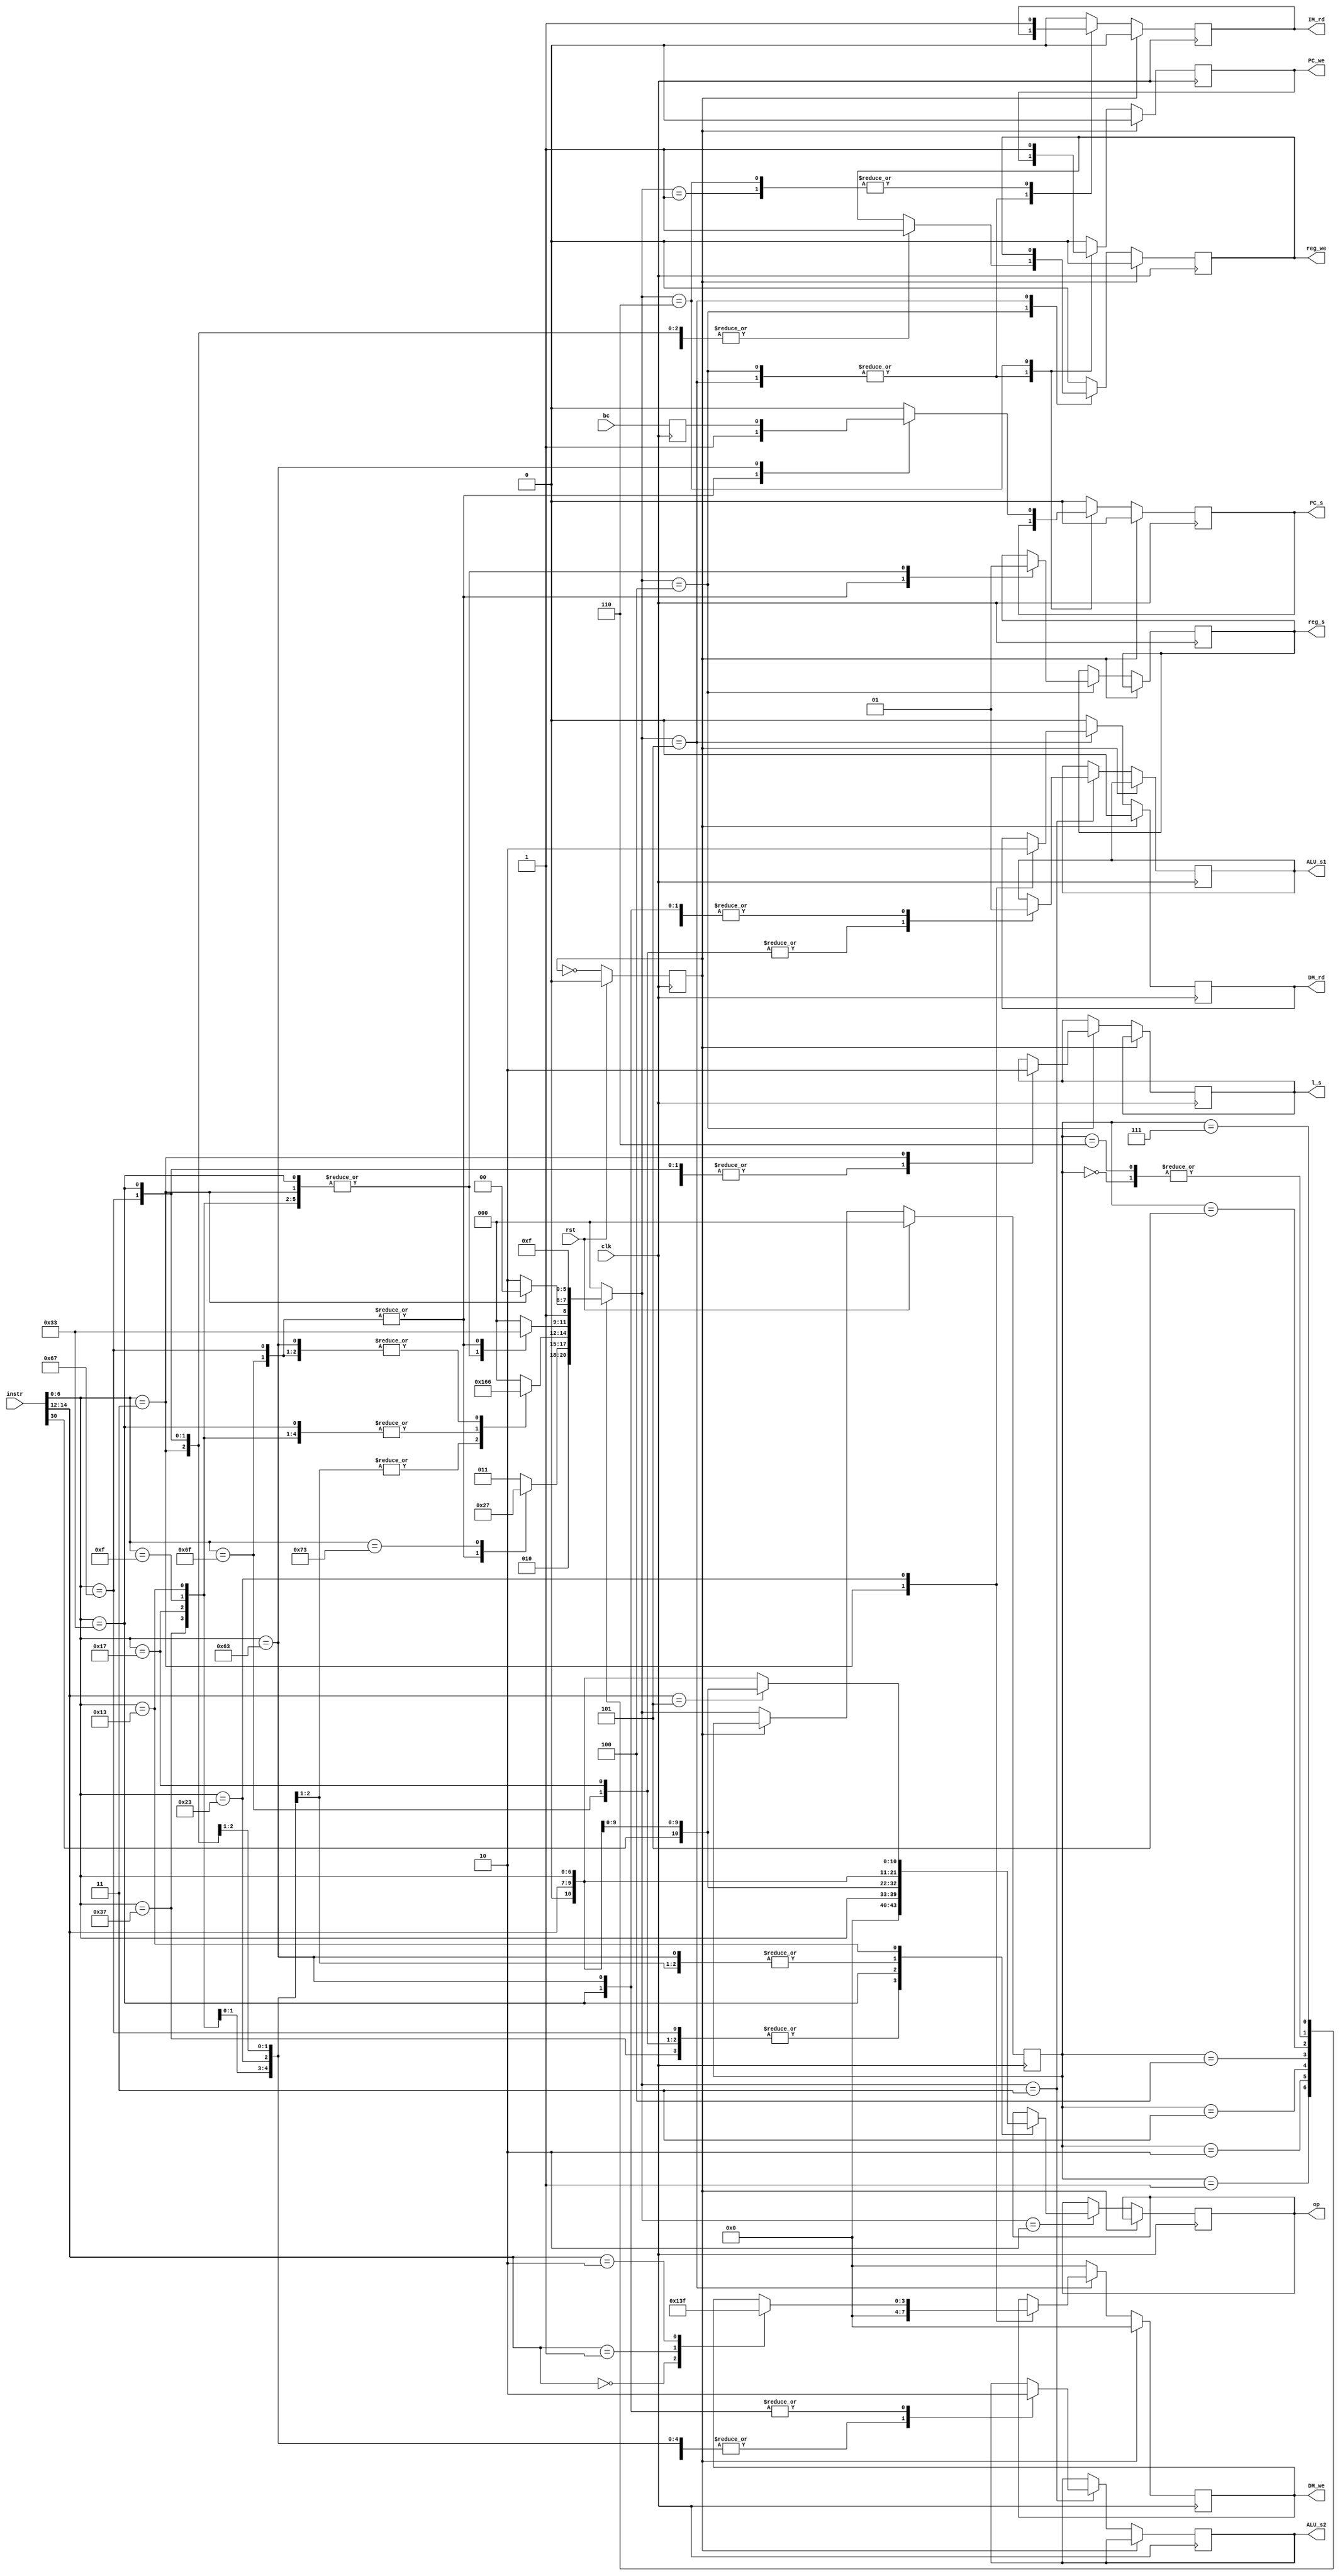
//Github co-pilot is not
`timescale 1ns / 1ps
module ControlUnit_V2(
input clk, rst,
input [31:0]instr,
input bc,
output reg [10:0]op,
output reg [3:0] DM_we,
output reg ALU_s1, ALU_s2, PC_s, reg_s, reg_we, l_s, PC_we, DM_rd, IM_rd);

localparam ST_IDLE = 0, ST_FETCH = 1, ST_DECODE = 2, ST_ALU = 3, ST_REG = 4, ST_DM = 5, ST_INCREMENT = 6, ST_HALT = 7;
reg [2:0]state , next_state;

reg clk_cnt = 0; // for maintining a state for 2 clock state
reg bc_reg;
always@(posedge clk)
    bc_reg <= bc;

always@(posedge clk)
begin
    if(rst)//asynchronous active high reset
    begin
        state <= ST_IDLE;
        clk_cnt <= 0;
    end
    else
    begin
        if(~clk_cnt)
            state <= next_state;
        clk_cnt <= ~clk_cnt; 
    end 
end 

//next state logic
always@(*)
begin
        next_state<=ST_IDLE;
        case(state)
            ST_IDLE : next_state <= ST_FETCH;
            ST_FETCH : next_state <= ST_DECODE;
            ST_DECODE : case(instr[6:0])
                            7'b1101111, 7'b1100111 : next_state <= ST_REG; //JAL JALR
                            7'b1110011 : next_state <= ST_HALT; //EBREAK ECALL  
//                            7'b0110111, 7'b0010111, 7'b1100011, 7'b0000011, 7'b0100011, 7'b0010011, 7'b0110011 
                            default : next_state <= ST_ALU; //LUI AUIPC BRANCH LOAD STORE IMM LOGICAL_&_ARITHEMATIC
                        endcase 
            ST_ALU : case(instr[6:0])
                        7'b0000011, 7'b0100011 : next_state <= ST_DM; //LOAD STORE
                        7'b0110111, 7'b0010111, 7'b0010011, 7'b0110011, 7'b0001111 : next_state <= ST_REG; //LUI AUIPC IMM LOGICAL_&_ARITHEMATIC FENCE
                        7'b1101111, 7'b1100111, 7'b1100011 : next_state <= ST_INCREMENT; //JAL JALR BRANCH
                     endcase
            ST_REG : case(instr[6:0])
                        7'b0110111, 7'b0010111, 7'b0000011, 7'b0010011, 7'b0110011, 7'b0001111 : next_state <= ST_INCREMENT; //LUI AUIPC LOAD IMM LOGICAL_&_ARITHEMATICF FENCE
                        7'b1101111, 7'b1100111: next_state <= ST_ALU; //JAL JALR
                     endcase
            ST_DM : case(instr[6:0])
                        7'b0000011 : next_state <= ST_REG; //LOAD
                        default : next_state <= ST_INCREMENT; //STORE IMM
                    endcase
            ST_INCREMENT : next_state <= ST_FETCH;
            ST_HALT : next_state <= ST_HALT;
        endcase
end

//Control signals based on each state
always@(posedge clk)
begin
    if(~clk_cnt)
    begin
        case(next_state) 
            ST_FETCH : begin
                        PC_s <= 0; PC_we <= 0; DM_we <= 4'b0000; DM_rd <= 0; reg_we <= 0; IM_rd <= 1;
                       end
            ST_DECODE : begin
                            PC_s <= 0; PC_we <= 0; DM_we <= 4'b0000; DM_rd <= 0; reg_we <= 0; IM_rd <= 0;
                            case(instr[6:0])
                                7'b0110111, 7'b0010111, 7'b1101111, 7'b1100111 : op <= {4'b0000,instr[6:0]}; //LUI AUIPC JAL JALR 
                                7'b0110011 : op <= {instr[30], instr[14:12], instr[6:0]}; //ARITHEMATIC AND LOGICAL
                                7'b1100011, 7'b0000011, 7'b0100011: op <= {1'b0, instr[14:12], instr[6:0]}; //BRANCH LOAD STORE
                                7'b0010011 : case(instr[14:12]) //IMM
                                                3'b101 : op <= {instr[30], instr[14:12], instr[6:0]}; //SRLI SRAI
                                                default : op <= {1'b0, instr[14:12], instr[6:0]}; 
                                             endcase 
                            endcase
                        end
            ST_ALU : begin
                        PC_s <= 0; PC_we <= 0; DM_we <= 4'b0000; DM_rd <= 0; reg_we <= 0; IM_rd <= 0; 
                        case(instr[6:0])
                            7'b0110111 : begin //LUI (imm)
                                            ALU_s2 <= 1;
                                         end
                            7'b0010111, 7'b1101111 : begin //AUIPC JAL (PC & imm)
                                            ALU_s1 <= 0; ALU_s2 <= 1;
                                         end
                            7'b1100111, 7'b0000011, 7'b0100011, 7'b0010011, 7'b0001111 : begin //JALR LOAD STORE IMM (rs1 & imm) FENCE
                                            ALU_s1 <= 1; ALU_s2 <= 1;
                                         end
                            7'b1100011, 7'b0110011  : begin //JAL BRANCH LOGICAL_&_ARITHEMATIC (rs1 & rs2)
                                            ALU_s1 <= 1; ALU_s2 <= 0;
                                         end
                        endcase
                     end
            ST_REG : begin
                        DM_we <= 4'b0000; DM_rd <= 0;
                        case(instr[6:0])
                            7'b0110111, 7'b0010111, 7'b0010011, 7'b0110011, 7'b0001111 : begin //LUI AUIPC IMM LOGICAL_&_ARITHEMATIC(From ALU) FENCE
                                                        l_s <= 1; reg_s <= 1; reg_we <= 1;
                                                     end
                            7'b1101111, 7'b1100111 : begin //JAL JALR (From PC)
                                                        l_s <= 1; reg_s <= 0; reg_we <= 1;
                                                     end
                            7'b0000011 : begin //(From Data Memory)
                                            l_s <= 0; reg_s <= 1; reg_we <= 1;
                                         end 
                        endcase
                     end
            ST_DM : case(instr[6:0])
                        7'b0000011 : begin //READ
                                        DM_we <= 4'b0000; DM_rd <= 1;
                                     end
                        7'b0100011 : begin //STORE
                                         DM_rd <= 0;
                                         case(instr[14:12])
                                            3'b000 : DM_we <= 4'b0001;
                                            3'b001 : DM_we <= 4'b0011;
                                            3'b010 : DM_we <= 4'b1111; 
                                         endcase
                                     end  
                    endcase 
            ST_INCREMENT : begin 
                                PC_we <= 1; DM_we <= 4'b0000; DM_rd <= 0; reg_we <= 0; IM_rd <= 1;
                                case(instr[6:0])
                                    7'b1101111, 7'b1100111 : PC_s <= 1; //JAL //JALR (output from ALU)                    
                                    7'b1100011 : PC_s <= bc_reg; //BRANCH
                                    default : PC_s <= 0;//Increment by 4
                                endcase
                           end
            default : begin
                        PC_s <= 0; PC_we <= 0; DM_we <= 4'b0000; DM_rd <= 0; reg_we <= 0; IM_rd <= 0;
                      end
        endcase
    end
    else
    begin
        PC_s <= 0; PC_we <= 0; DM_we <= 4'b0000; DM_rd <= 0; reg_we <= 0; IM_rd <= 0;//default conditions when all are inactive
    end       
        
end

endmodule